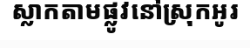
ស្លាកតាមផ្លូវនៅស្រុកអូរ